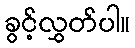
ခွင့်လွှတ်ပါ။